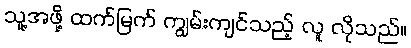
သူ့အဖို့ ထက်မြက် ကျွမ်းကျင်သည့် လူ လိုသည်။